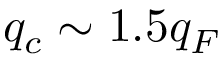
q _ { c } \sim 1 . 5 q _ { F }